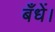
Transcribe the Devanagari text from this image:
बँधें।